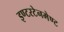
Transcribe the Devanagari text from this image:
इण्टरटेनमेण्ट